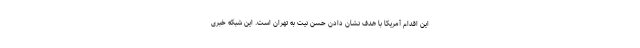
این اقدام آمریکا با هدف نشان دادن حسن نیت به تهران است. این شبکه خبری